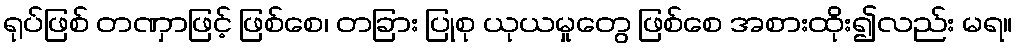
ရုပ်ဖြစ် တဏှာဖြင့် ဖြစ်စေ၊ တခြား ပြုစု ယုယမှုတွေ ဖြစ်စေ အစားထိုး၍လည်း မရ။